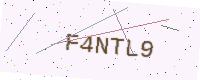
Text: F4NTL9